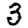
Digit: 3